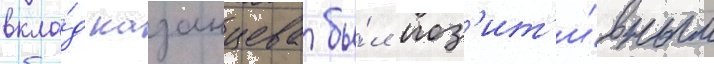
вкла́д казанцева бы́л поз'ит'и́вным